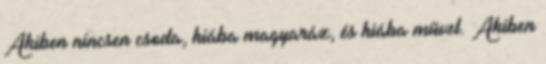
Akiben nincsen csoda, hiába magyaráz, és hiába művel. Akiben